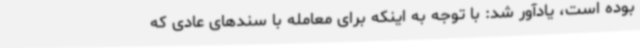
بوده است، یادآور شد: با توجه به اینکه برای معامله با سندهای عادی که